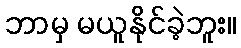
ဘာမှ မယူနိုင်ခဲ့ဘူး။